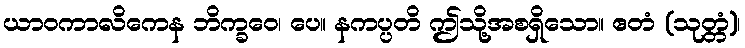
ယာဝကာလိကေန ဘိက္ခဝေ၊ ပေ။ နကပ္ပတိ ဤသို့အစရှိသော။ ဧတံ (သုတ္တံ)၊